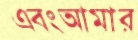
এবংআমার